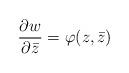
LaTeX: \begin{align*} {\frac {\partial w}{\partial {\bar {z}}}}=\varphi (z,{\bar {z}})\end{align*}